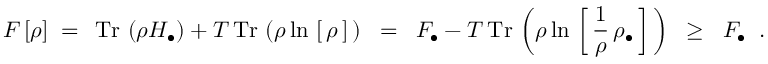
F \left[ \rho \right] \; = \; \, \mathrm { T r } \, \left( \rho H _ { \bullet } \right) + T \, \mathrm { T r } \, \left( \rho \ln \, \left[ \, \rho \, \right] \, \right) \; \; = \; \; F _ { \bullet } - T \, \mathrm { T r } \, \left( \rho \ln \, \left[ \, { \frac { 1 } { \rho } } \, \rho _ { \bullet } \, \right] \, \right) \; \; \ge \; \; F _ { \bullet } \; \; . \; \;